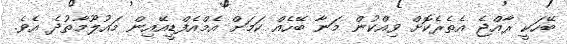
ބޭހަކީ ރާއްޖެ އެތެރެކޮށް ވިއްކުން މަނާ ބޭހެއް ކަމަށް އެމްއެފްޑީއޭއިން މައުލޫމާތުދެ އެވެ.